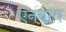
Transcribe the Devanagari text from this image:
एनवाय